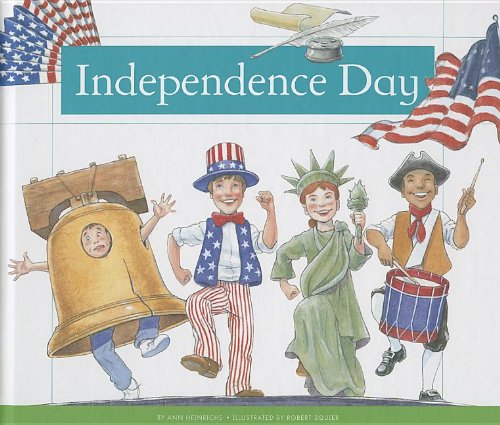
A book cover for Independence Day (Holidays and Celebrations); Ann Heinrichs; Children's Books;